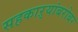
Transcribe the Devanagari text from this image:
सहकाऱ्यांबरोबर